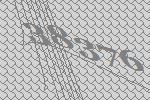
38376